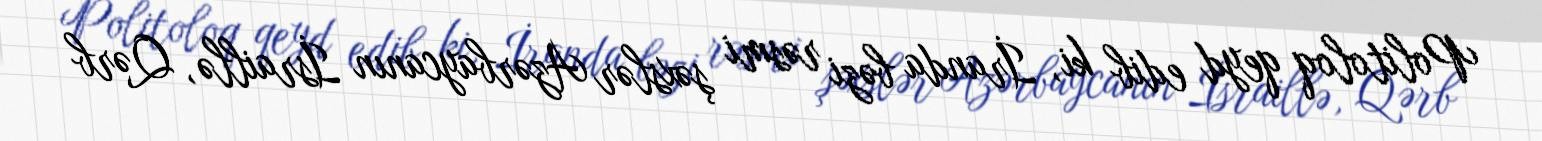
Politoloq qeyd edib ki, İranda bəzi rəsmi şəxslər Azərbaycanın İsraillə, Qərb